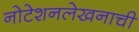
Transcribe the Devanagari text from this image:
नोटेशनलेखनाची